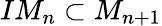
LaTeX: IM_{n}\subset M_{n+1}